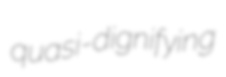
quasi-dignifying